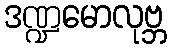
ဒဏ္ဍမောလုဗ္ဘ